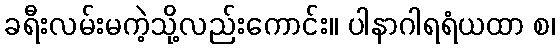
ခရီးလမ်းမကဲ့သို့လည်းကောင်း။ ပါနာဂါရရံယထာ စ၊